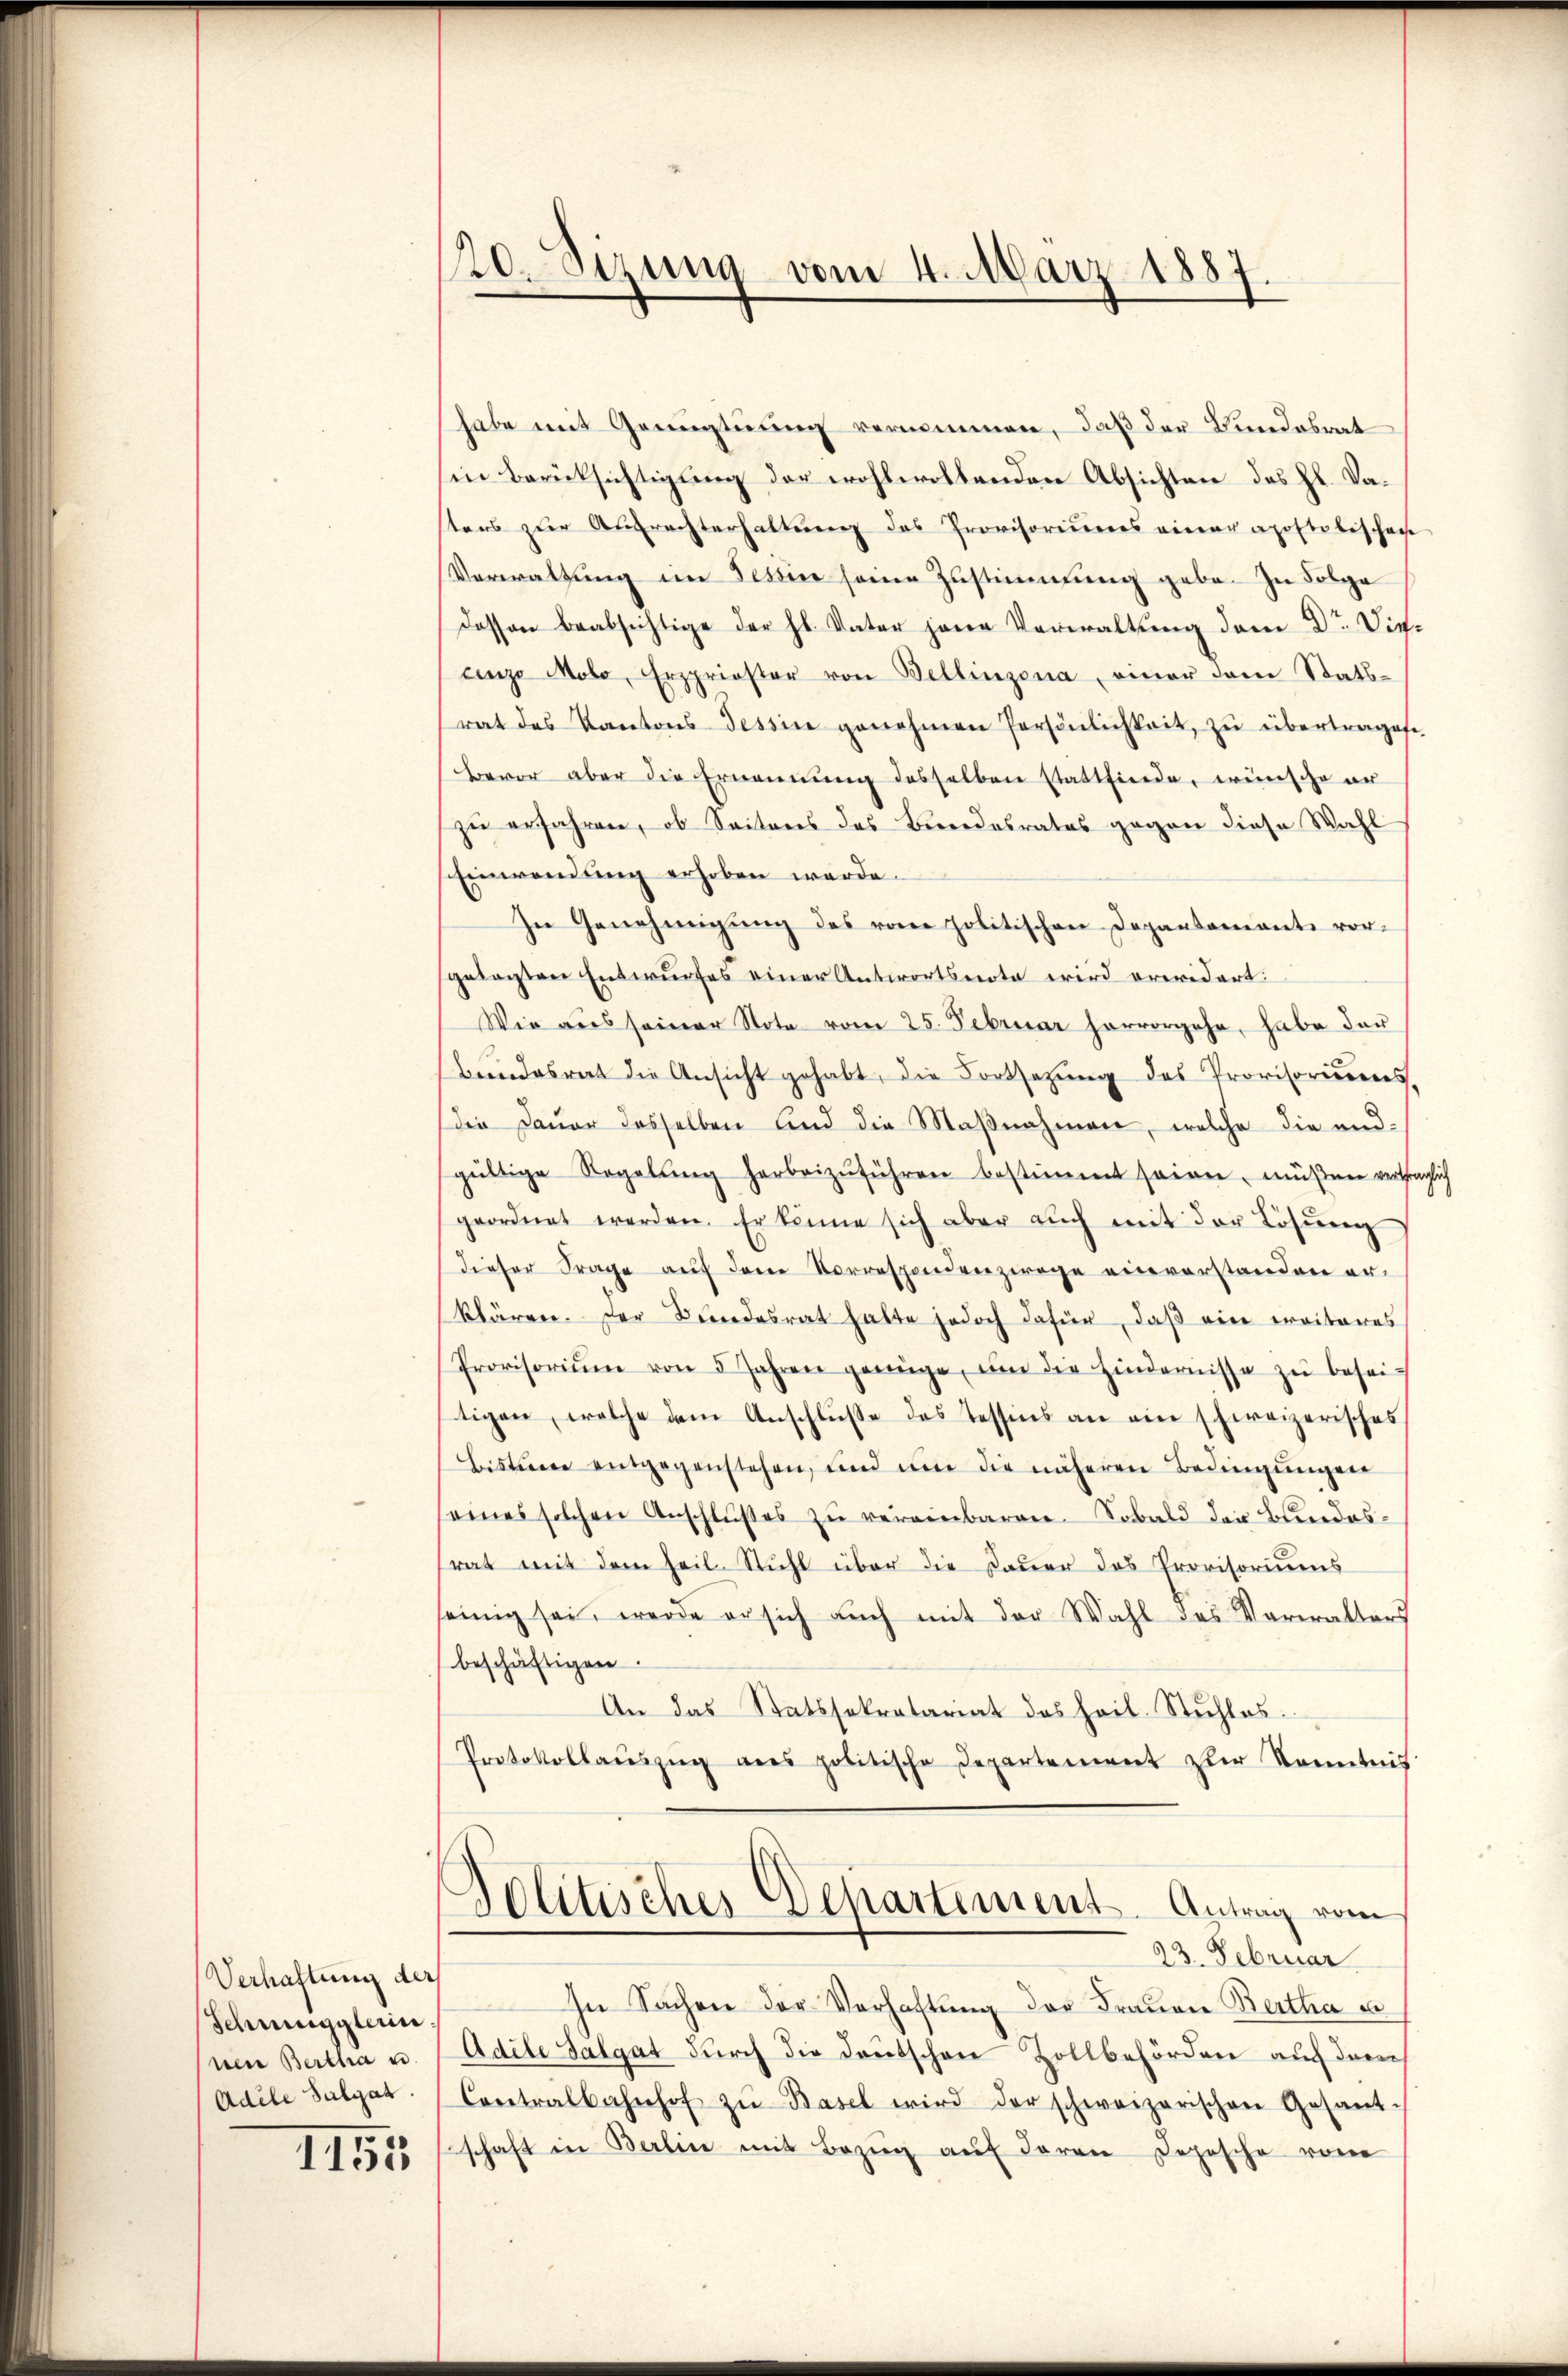
Verhaftung der
Schmugglerin
nen Bertha u.
Adele Sulgat

1155

120. Sizung vom 4. März 1857.

habe mit Genügtuung vernommen, daß der Bundesrat
in Berücksichtigung der wohlwollenden Absichten des Hl. Vaters zŭr Antrachterhaltŭng des Provisorieres einer apostolischen
Verwaltung im Tessin seine Zustimmung gebe. In Folge
dessen beabsichtige der hl. Vater jene Verwaltung dem Dr. Dieenzo Molo, Erzpriester von Bellinzona einer dem Stats-
rat des Kantons Tessin genehmen Persönlichkeit zŭ übertragete
Bevor aber die Ernennung desselben stattfinde, wünsche er
zu erfahren, ob Seitens des Beendesrates gegen diese Wahl
8
Einwendung erhoben werde.
In Genehmigung des vom politischen Depantomiante vorgelegten Entwurfes einer Antwortsnote wird erwidert:
Wie aus seiner Note vom 25. Februar hervorgehe, habe der
bendesrat die Ansicht gehabt, die Fortsetzŭng des Provisoriens
die Dauer desselben und die Maßnahmen, welche die andsgültige Regelŭng herbeizŭführen bestimmt seinen, müßen vertraglich
geordnet werden. Er könne sich aber aŭch mit der Lösung
dieser Frage aŭf dem Vorrespondenzwage einvorstanden erklären. Der Bundesrat hatte jedoch dafür, daß ein weiteres
Provisoriŭm von 5 Jahren genüge, ŭm die Hindernisse zŭ besei-
tigen, welche dem Anschlusse des Tessins an ein schweizerisches
Bistum entgegenstehen, und um die näheren Bedingŭngen
eines solchen Anschlŭβes zŭ vereinbaren. Sobald der Bundesrat mit dem heil. Stuhl über die Dauer das Provisoriums
seinig sei, werde er sich aŭch mit der Wahl des Verwalters
beschäftigen.
An das Statssekretariat des Heil. Stuhlos
Protokollaŭszŭg ans politische Departement zur Kenntnis
Dolitisches Departement. Antrag vom
23. Februar
In Sachen der Verhaftung der Frauen Bertha u.
Adele Salgat durch die Deutschen Zollbehörden auf dem
Contralbahnhof zŭ Basel wird der schweizerischen Gesant-
schaft in Berlin mit Bezŭg aŭf daran Deposche vom